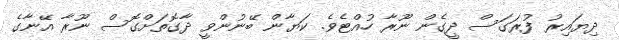
ދިޔައިރު ފުރަގަސް ދީގެން ނޫރާ ހުއްޓެވެ. ކަޔާން ބޭނުންވީ ދާގޮތަށްގޮސް ނޫރާ އޭނާގެ